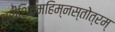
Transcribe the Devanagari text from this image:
श्रीशिवमहिम्नस्तोत्रम्